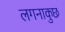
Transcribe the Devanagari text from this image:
लगनाकुछ